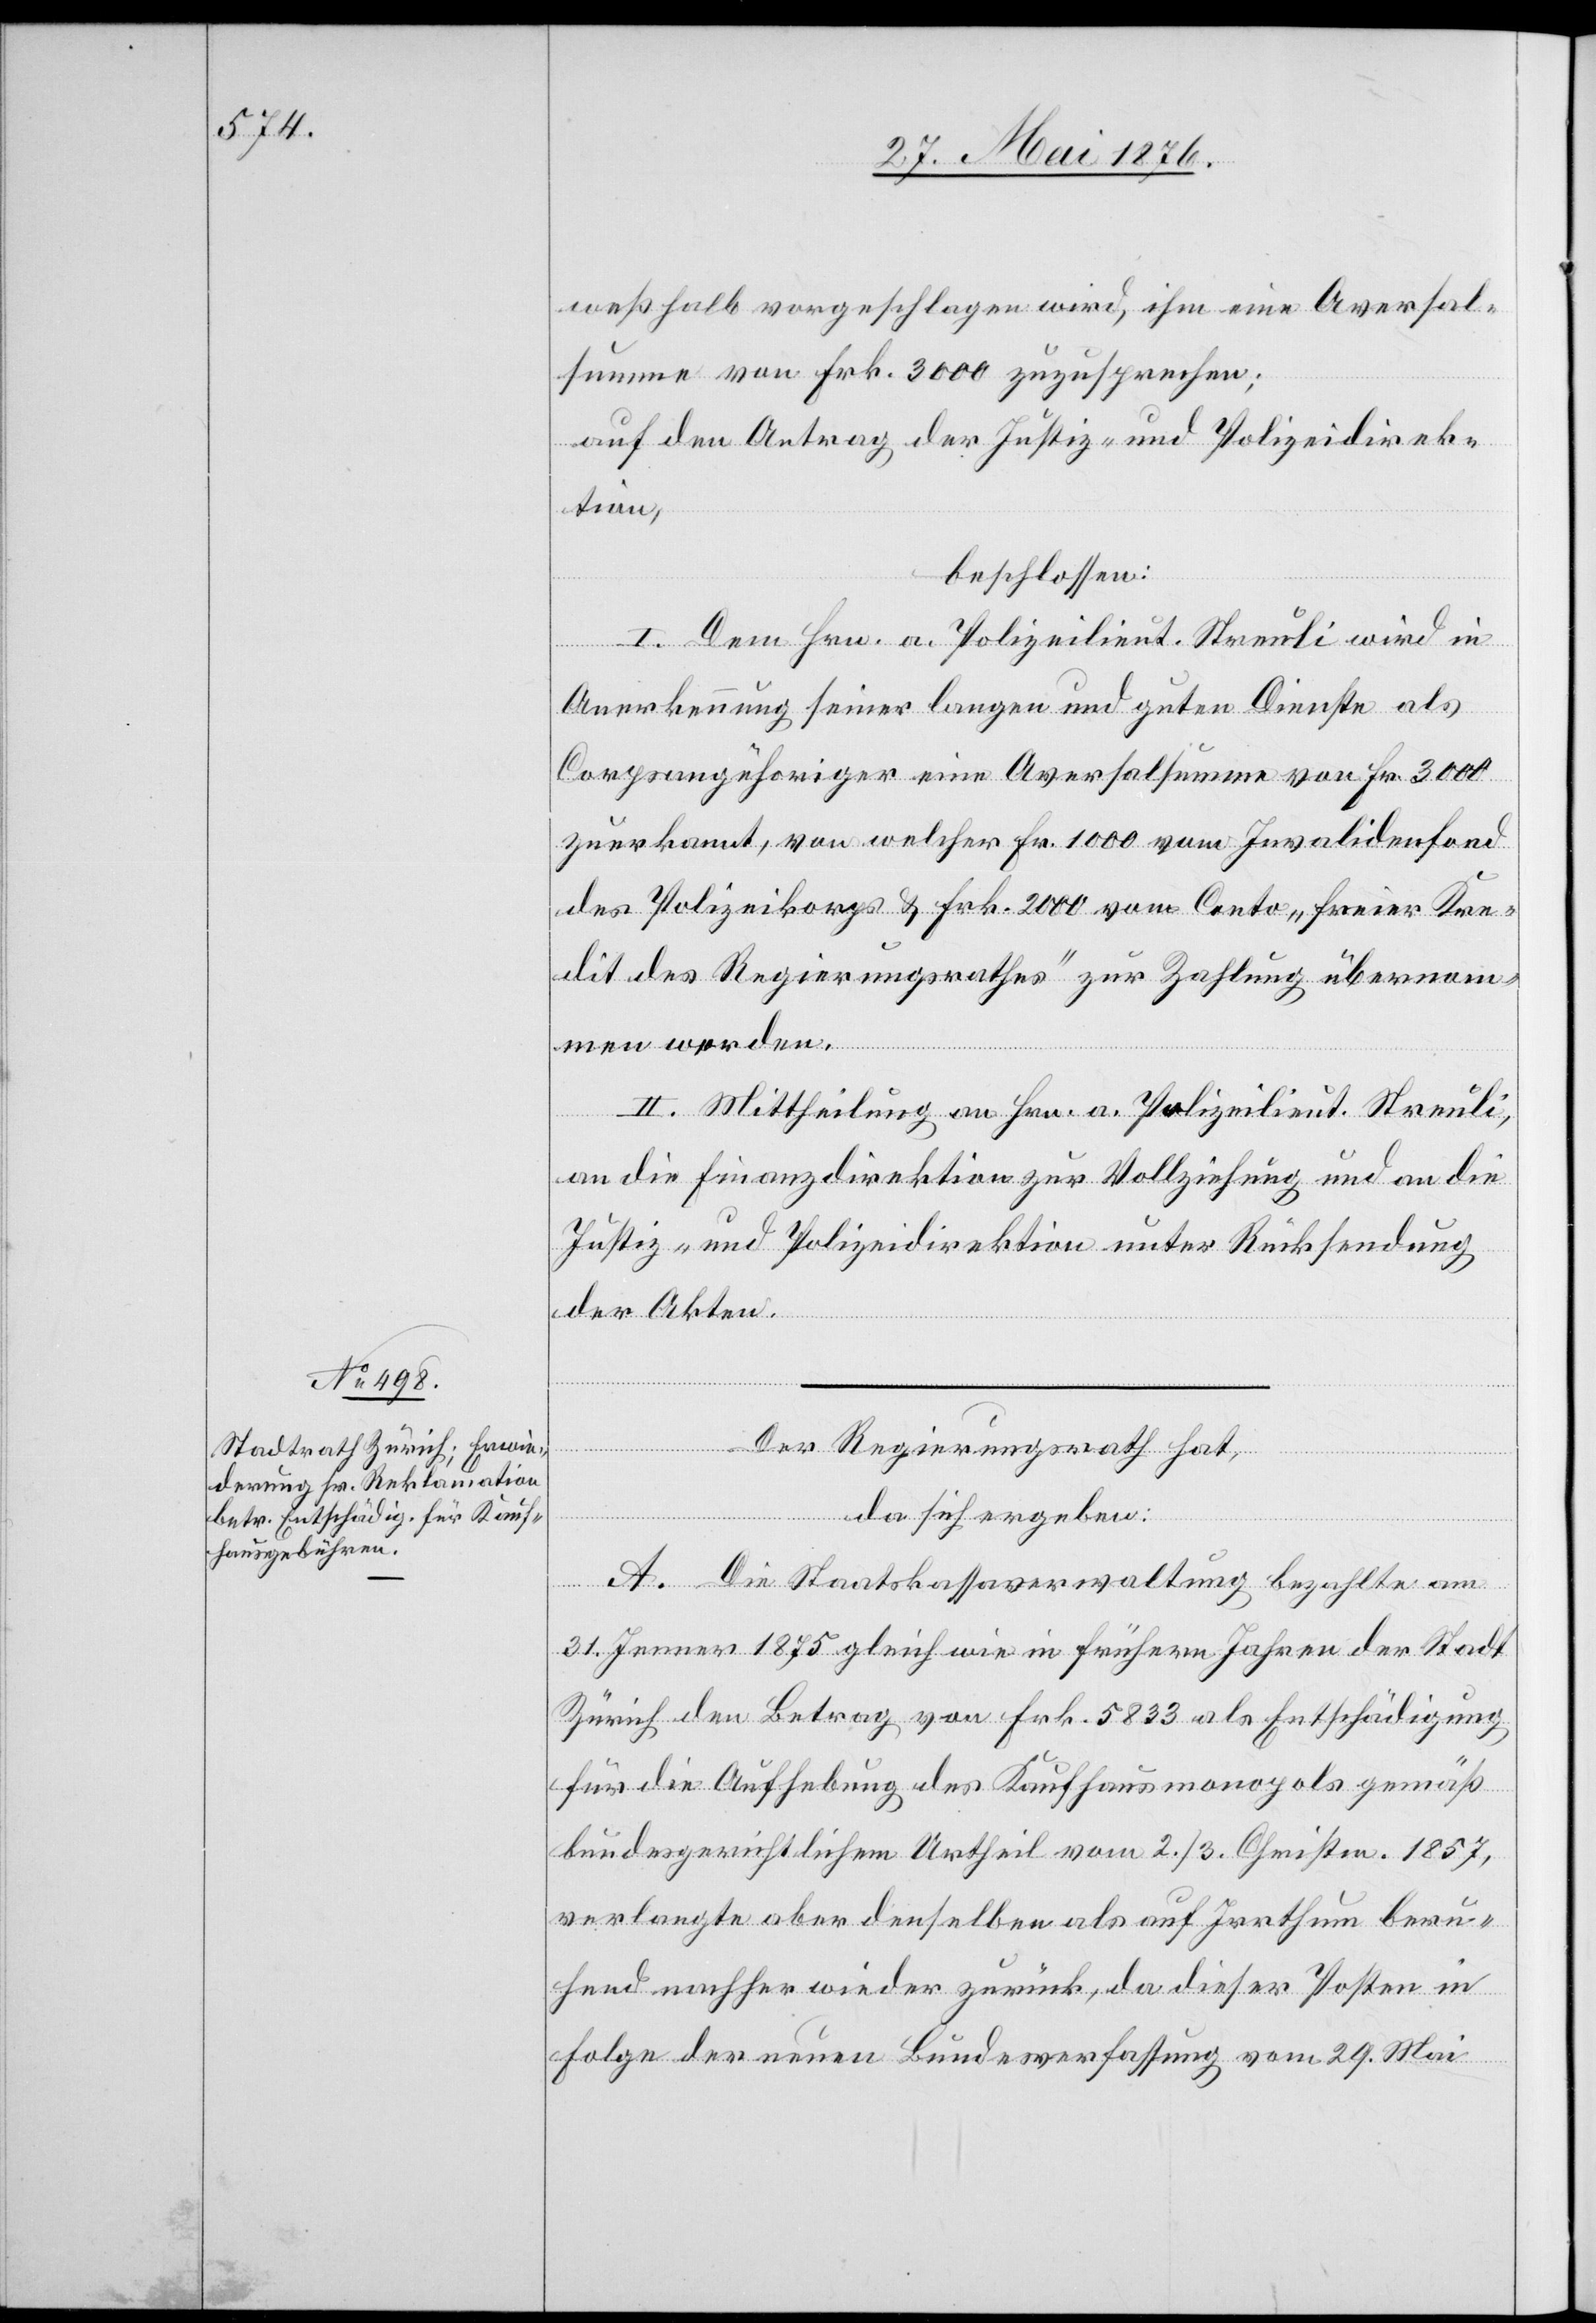
weßhalb vorgeschlagen wird, ihm eine Aversal¬
summe von Frk. 3000 zuzusprechen;
auf den Antrag der Justiz- und Polizeidirek¬
tion,
beschlossen:
I. Dem Hrn. a. Polizeilieut. Streuli wird in
Anerkennung seiner langen und guten Dienste als
Corpsangehöriger eine Aversalsumme von Fr. 3000
zuerkannt, von welcher Fr. 1000 vom Invalidenfond
des Polizeikorps & Frk. 2000 vom Conto „freier Kre¬
dit des Regierungsrathes“ zur Zahlung übernom¬
men werden.
II. Mittheilung an Hrn. a. Polizeilieut. Streuli,
an die Finanzdirektion zur Vollziehung und an die
Justiz- und Polizeidirektion unter Rücksendung
der Akten.
Der Regierungsrath hat,
da sich ergeben:
A. Die Staatskassaverwaltung bezahlte am
31. Jenner 1875 gleich wie in frühern Jahren der Stadt
Zürich den Betrag von Frk. 5833 als Entschädigung
für die Aufhebung des Kaufhausmonopols gemäß
bundesrichterlichem Urtheil vom 2./3. Christm. 1867,
verlangte aber denselben als auf Irrthum beru¬
hend nachher wieder zurück, da dieser Posten in
Folge der neuen Bundesverfassung vom 29. Mai